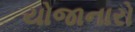
યોજાનારો